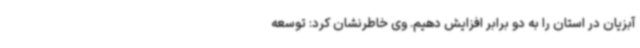
آبزیان در استان را به دو برابر افزایش دهیم. وی خاطرنشان کرد: توسعه